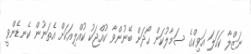
ނަޒްލާ ކަހަލަ އަވިކްގެ ސަމާލުކަން ހޯދަން ބޭނުންވާ ކުއްޖަކު ކުއްލިއަކަށް އެތަނުން ކެނޑެންވީ